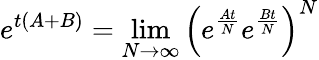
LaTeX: e^{t(A+B)}=\operatorname*{lim}_{{N\to\infty}}\left(e^{\frac{At}{N}}e^{\frac{Bt}{N}}\right)^{N}